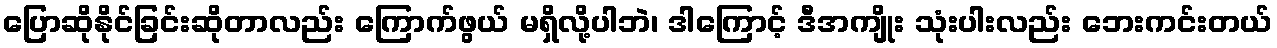
ပြောဆိုနိုင်ခြင်းဆိုတာလည်း ကြောက်ဖွယ် မရှိလို့ပါဘဲ၊ ဒါကြောင့် ဒီအကျိုး သုံးပါးလည်း ဘေးကင်းတယ်